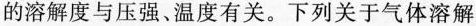
的溶解度与压强、温度有关。下列关于气体溶解